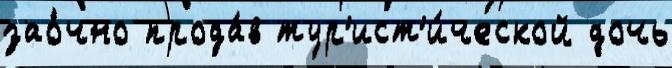
зао́чно прода́в тур'ист'и́ческой дочь